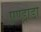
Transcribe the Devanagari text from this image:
एण्ड्राडा